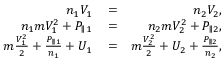
\begin{array} { r l r } { n _ { 1 } V _ { 1 } } & { { } = } & { n _ { 2 } V _ { 2 } , } \\ { n _ { 1 } m V _ { 1 } ^ { 2 } + P _ { \parallel 1 } } & { { } = } & { n _ { 2 } m V _ { 2 } ^ { 2 } + P _ { \parallel 2 } , } \\ { m \frac { V _ { 1 } ^ { 2 } } { 2 } + \frac { P _ { \parallel 1 } } { n _ { 1 } } + U _ { 1 } } & { { } = } & { m \frac { V _ { 2 } ^ { 2 } } { 2 } + U _ { 2 } + \frac { P _ { \parallel 2 } } { n _ { 2 } } , } \end{array}